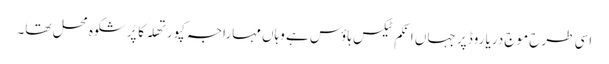
اسی طرح موج دریا روڈ پر جہاں انکم ٹیکس ہاؤس ہے وہاں مہاراجہ کپورتھلہ کا پُرشکوہ محل تھا۔